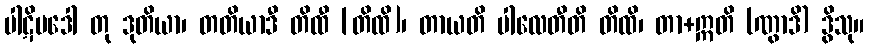
ပါဋိပဒေါ တု ဒုတိယာ၊ တတိယာဒီ တိထီ [တိထိ]၊ တာယတိ ပါလေတီတိ တိထိ၊ တာ+ဣတိ (ဏွာဒိ) ဒွိသု။